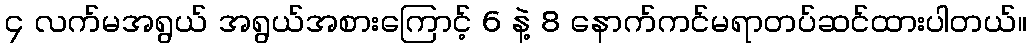
၄ လက်မအရွယ် အရွယ်အစားကြောင့် 6 နဲ့ 8 နောက်ကင်မရာတပ်ဆင်ထားပါတယ်။